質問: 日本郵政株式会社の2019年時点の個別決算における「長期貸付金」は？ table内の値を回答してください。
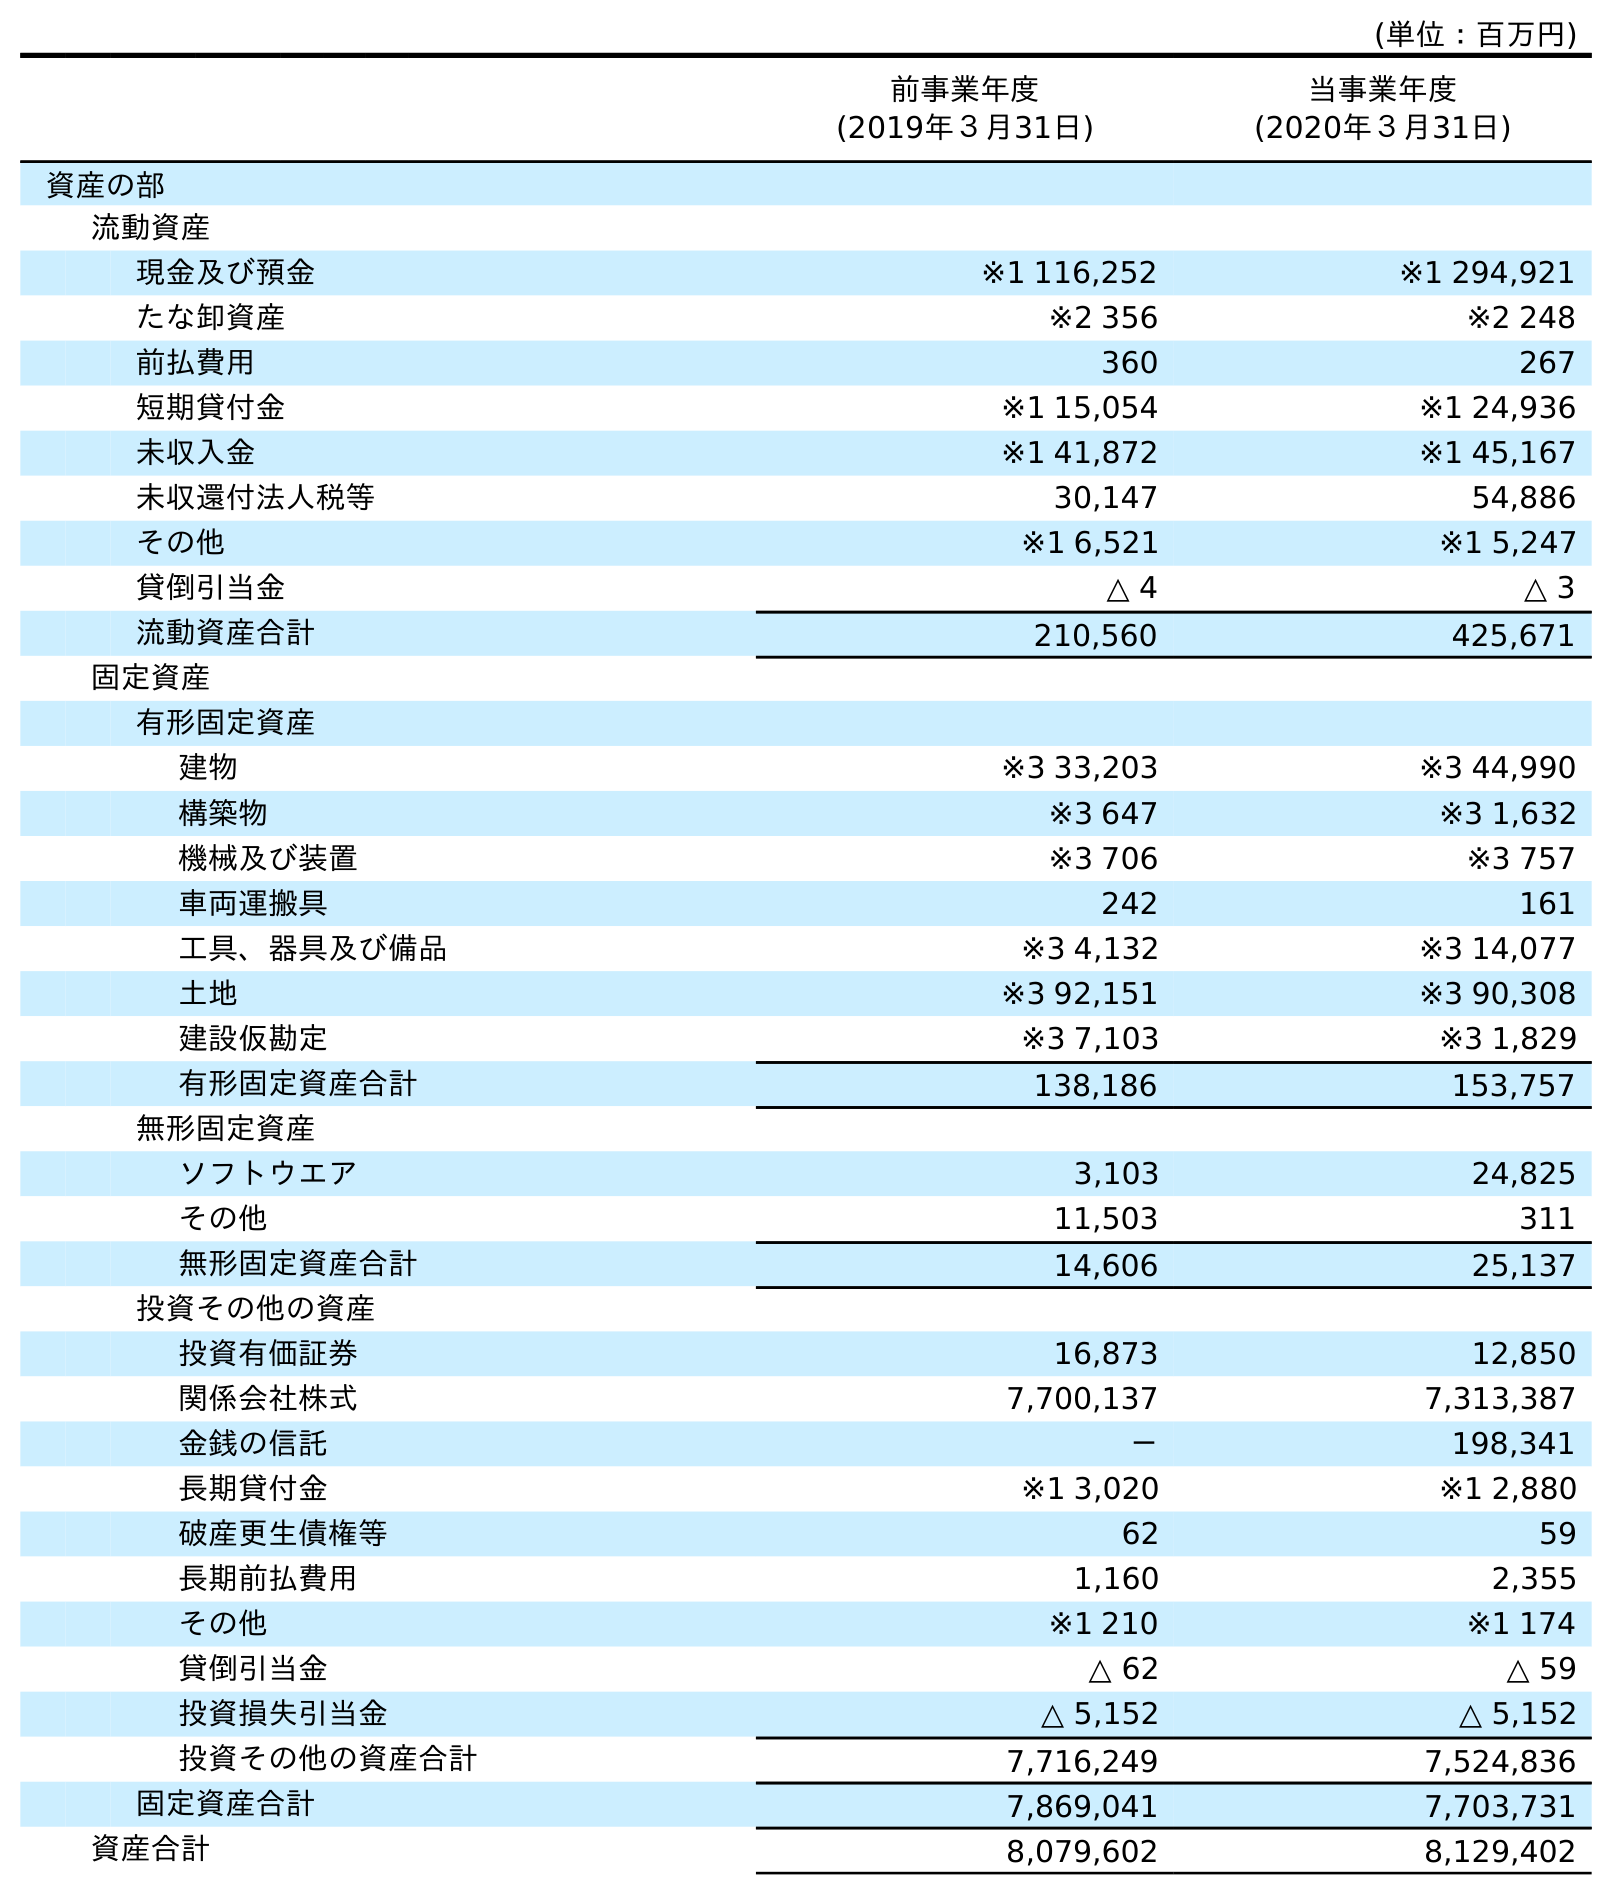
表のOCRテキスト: (単位：百万円) 前事業年度 (2019年３月31日) 当事業年度 (2020年３月31日) 資産の部 流動資産 現金及び預金 ※1 116,252 ※1 294,921 たな卸資産 ※2 356 ※2 248 前払費用 360 267 短期貸付金 ※1 15,054 ※1 24,936 未収入金 ※1 41,872 ※1 45,167 未収還付法人税等 30,147 54,886 その他 ※1 6,521 ※1 5,247 貸倒引当金 △ 4 △ 3 流動資産合計 210,560 425,671 固定資産 有形固定資産 建物 ※3 33,203 ※3 44,990 構築物 ※3 647 ※3 1,632 機械及び装置 ※3 706 ※3 757 車両運搬具 242 161 工具、器具及び備品 ※3 4,132 ※3 14,077 土地 ※3 92,151 ※3 90,308 建設仮勘定 ※3 7,103 ※3 1,829 有形固定資産合計 138,186 153,757 無形固定資産 ソフトウエア 3,103 24,825 その他 11,503 311 無形固定資産合計 14,606 25,137 投資その他の資産 投資有価証券 16,873 12,850 関係会社株式 7,700,137 7,313,387 金銭の信託 － 198,341 長期貸付金 ※1 3,020 ※1 2,880 破産更生債権等 62 59 長期前払費用 1,160 2,355 その他 ※1 210 ※1 174 貸倒引当金 △ 62 △ 59 投資損失引当金 △ 5,152 △ 5,152 投資その他の資産合計 7,716,249 7,524,836 固定資産合計 7,869,041 7,703,731 資産合計 8,079,602 8,129,402
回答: ※13,020